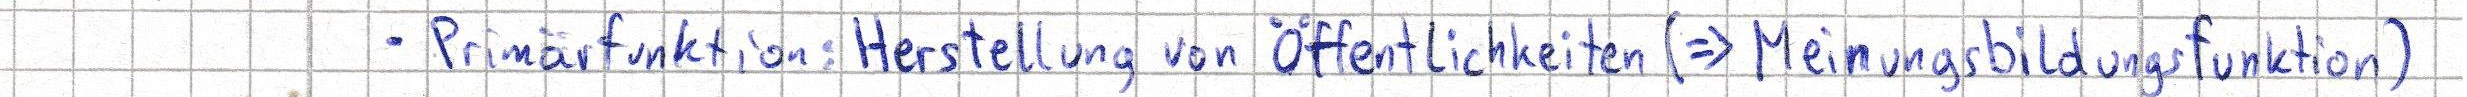
- Primärfunktion: Herstellung von Öffentlichkeiten (=> Meinungsbildungsfunktion)